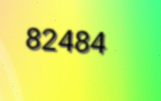
82484